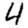
Digit: 4